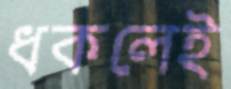
ধকলেই